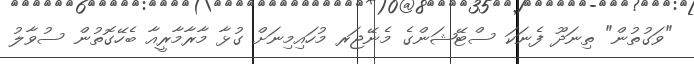
"ވަގުތުން" ތިނަދޫ ފެނަކަ ސްޓޭޝަންގެ މެނޭޖަރ މުހައިމިނަށް ގުޅާ މާރާމާރީއާ ބެހޭގޮތުން ސުވާލު